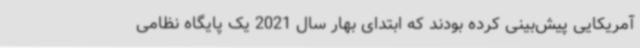
آمریکایی پیش‌بینی کرده بودند که ابتدای بهار سال 2021 یک پایگاه نظامی